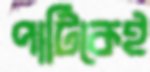
পার্টিকেই